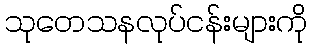
သုတေသနလုပ်ငန်းများကို